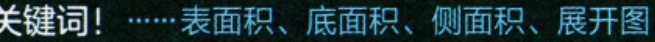
关键词！……表面积、底面积、侧面积、展开图